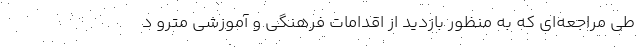
طی مراجعه‌ای که به منظور بازدید از اقدامات فرهنگی و آموزشی مترو د